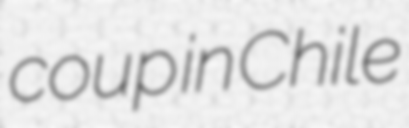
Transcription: coup in Chile